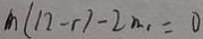
m ( n - r ) - 2 n _ { 1 } = 0